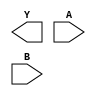
/**
 * Copyright 2020 The SkyWater PDK Authors
 *
 * Licensed under the Apache License, Version 2.0 (the "License");
 * you may not use this file except in compliance with the License.
 * You may obtain a copy of the License at
 *
 *     https://www.apache.org/licenses/LICENSE-2.0
 *
 * Unless required by applicable law or agreed to in writing, software
 * distributed under the License is distributed on an "AS IS" BASIS,
 * WITHOUT WARRANTIES OR CONDITIONS OF ANY KIND, either express or implied.
 * See the License for the specific language governing permissions and
 * limitations under the License.
 *
 * SPDX-License-Identifier: Apache-2.0
 */

`ifndef SKY130_FD_SC_MS__NOR2_BLACKBOX_V
`define SKY130_FD_SC_MS__NOR2_BLACKBOX_V

/**
 * nor2: 2-input NOR.
 *
 * Verilog stub definition (black box without power pins).
 *
 * WARNING: This file is autogenerated, do not modify directly!
 */

`timescale 1ns / 1ps
`default_nettype none

(* blackbox *)
module sky130_fd_sc_ms__nor2 (
    Y,
    A,
    B
);

    output Y;
    input  A;
    input  B;

    // Voltage supply signals
    supply1 VPWR;
    supply0 VGND;
    supply1 VPB ;
    supply0 VNB ;

endmodule

`default_nettype wire
`endif  // SKY130_FD_SC_MS__NOR2_BLACKBOX_V